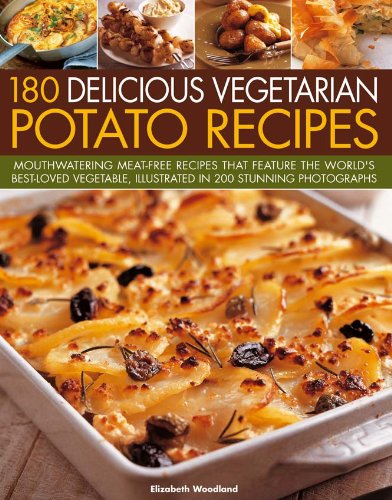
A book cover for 180 Delicious Vegetarian Potato Recipes: Delicious meat-free recipes featuring the world's best-loved vegetable, in over 200 photographs; Elizabeth Young; Cookbooks, Food & Wine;